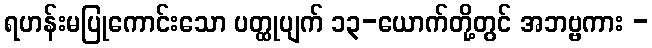
ရဟန်းမပြုကောင်းသော ပတ္ထုပျက် ၁၃-ယောက်တို့တွင် အဘဗ္ဗကား -